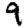
Digit: 9